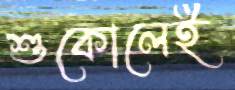
শুকোলেই